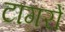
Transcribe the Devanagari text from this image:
टागरों